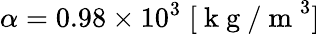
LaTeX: \alpha=0.98\times 10^{3}\; [\mathrm{~k~g~/~m~}^{3}]